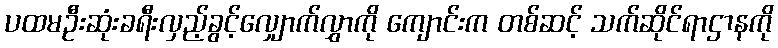
ပထမဦးဆုံးခရီးလှည့်ခွင့်လျှောက်လွှာကို ကျောင်းက တစ်ဆင့် သက်ဆိုင်ရာဌာနကို